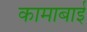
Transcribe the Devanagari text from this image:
कामाबाई